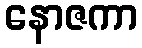
နောဇကာ